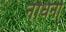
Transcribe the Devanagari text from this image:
नंधिनी